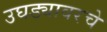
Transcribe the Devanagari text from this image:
उघड्यावरचे